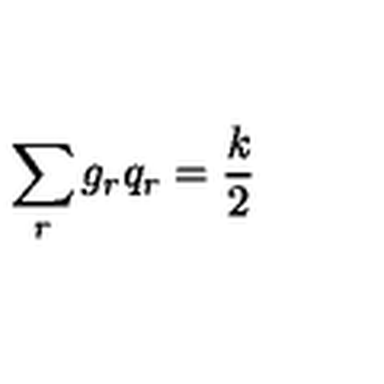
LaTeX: \sum _ { r } g _ { r } q _ { r } = \frac { k } { 2 }